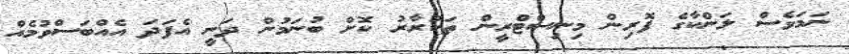
ނަމަވެސް ލަންކާގެ ފޮރިން މިނިސްޓްރީން ތަކުރާރު ކޮށް ބުނަމުން ދަނީ އެފަދަ އެއްބަސްވުމެއް